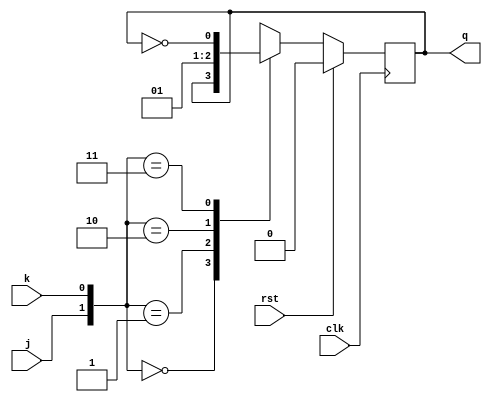
`timescale 1ns / 1ps
//////////////////////////////////////////////////////////////////////////////////
// Company: 
// Engineer: 
// 
// Design Name: 
// Module Name: jkflipflop
// Project Name: 
// Target Devices: 
// Tool Versions: 
// Description: 
// 
// Dependencies: 
// 
// Revision:
// Revision 0.01 - File Created
// Additional Comments:
// 
//////////////////////////////////////////////////////////////////////////////////


module jkflipflop(j,k,clk,rst,q); 
input j,k,clk,rst;
output reg q; 
always@(posedge clk) 
begin
if(rst)
 q<=0;
else 
case({j,k}) 
2'b00:q<=q;
2'b01:q<=0;
2'b10:q<=1;
2'b11:q<=~q; 
endcase
 
end
endmodule